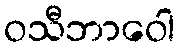
ဝသီဘာဝေါ